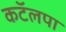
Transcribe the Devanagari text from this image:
कटॅलपा